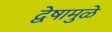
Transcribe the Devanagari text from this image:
द्वेषामुळे